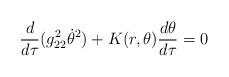
LaTeX: \begin{align*}\frac{d}{d\tau}(g_{22}^2 \dot{\theta}^2)+ K(r,\theta)\frac{d\theta}{d\tau}=0\end{align*}